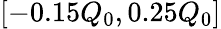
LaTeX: [-0.15Q_{0},0.25Q_{0}]